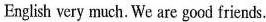
English very much. We are good friends.